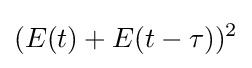
(E(t)+E(t-\tau ))^{2}